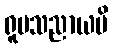
ရူပသညာယပိ